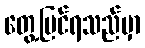
တွေ့မြင်ရသည်မှာ